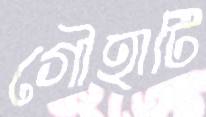
গৌহাটি